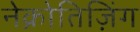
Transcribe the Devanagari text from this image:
नेक्रोतिज़िंग